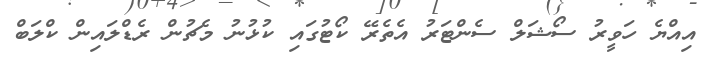
އިއްޔެ ހަވީރު ސޯޝަލް ސެންޓަރު އެތެރޭ ކޯޓުގައި ކުޅުނު މެޗުން ރެޑްލައިން ކްލަބް